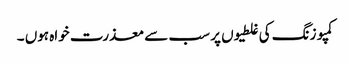
کمپوزنگ کی غلطیوں پر سب سے معذرت خواہ ہوں ۔